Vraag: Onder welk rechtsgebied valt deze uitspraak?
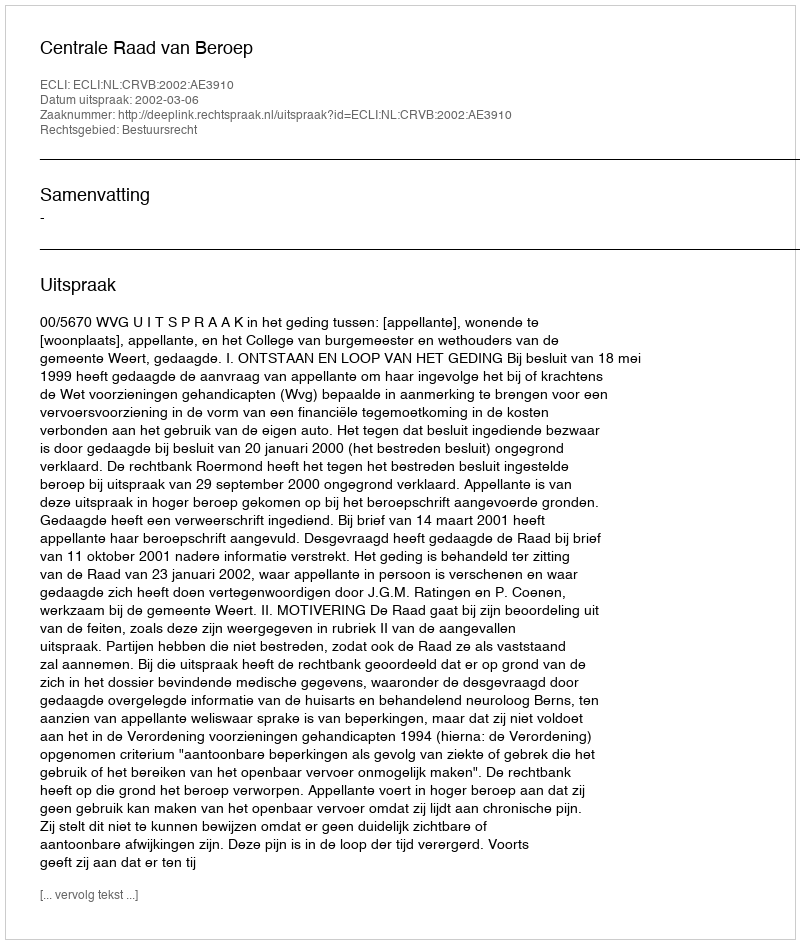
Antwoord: Bestuursrecht